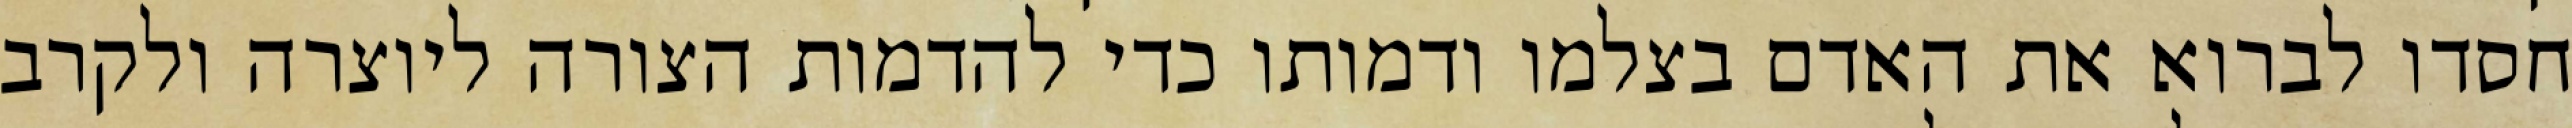
חסדו לברוא את האדם בצלמו ודמותו כדי להדמות הצורה ליוצרה ולקרב